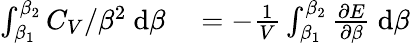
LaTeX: \begin{array}{rl}{\int_{\beta_{1}}^{\beta_{2}}C_{V}/\beta^{2}~\mathrm d\beta}&{{}=-\frac 1V\int_{\beta_{1}}^{\beta_{2}}\frac{\partial E}{\partial\beta}~\mathrm d\beta}\end{array}